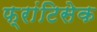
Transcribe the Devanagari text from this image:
फ्रांटिसेक